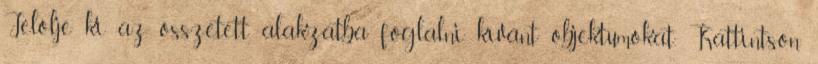
Jelölje ki az összetett alakzatba foglalni kívánt objektumokat. Kattintson